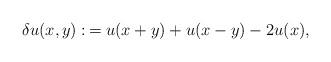
LaTeX: \begin{align*}\delta u(x,y):\,=u(x+y)+u(x-y)-2u(x),\end{align*}